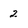
Character: 2